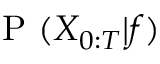
\mathrm { ~ P ~ } ( X _ { 0 : T } | f )